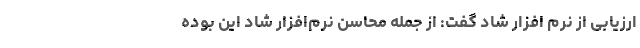
ارزیابی از نرم افزار شاد گفت: از جمله محاسن نرم‌افزار شاد این بوده